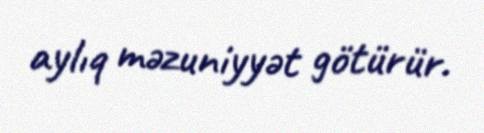
aylıq məzuniyyət götürür.